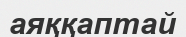
аяққаптай